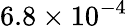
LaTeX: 6.8\times 10^{-4}